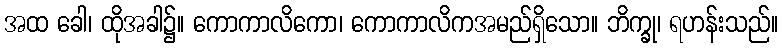
အထ ခေါ၊ ထိုအခါ၌။ ကောကာလိကော၊ ကောကာလိကအမည်ရှိသော။ ဘိက္ခု၊ ရဟန်းသည်။